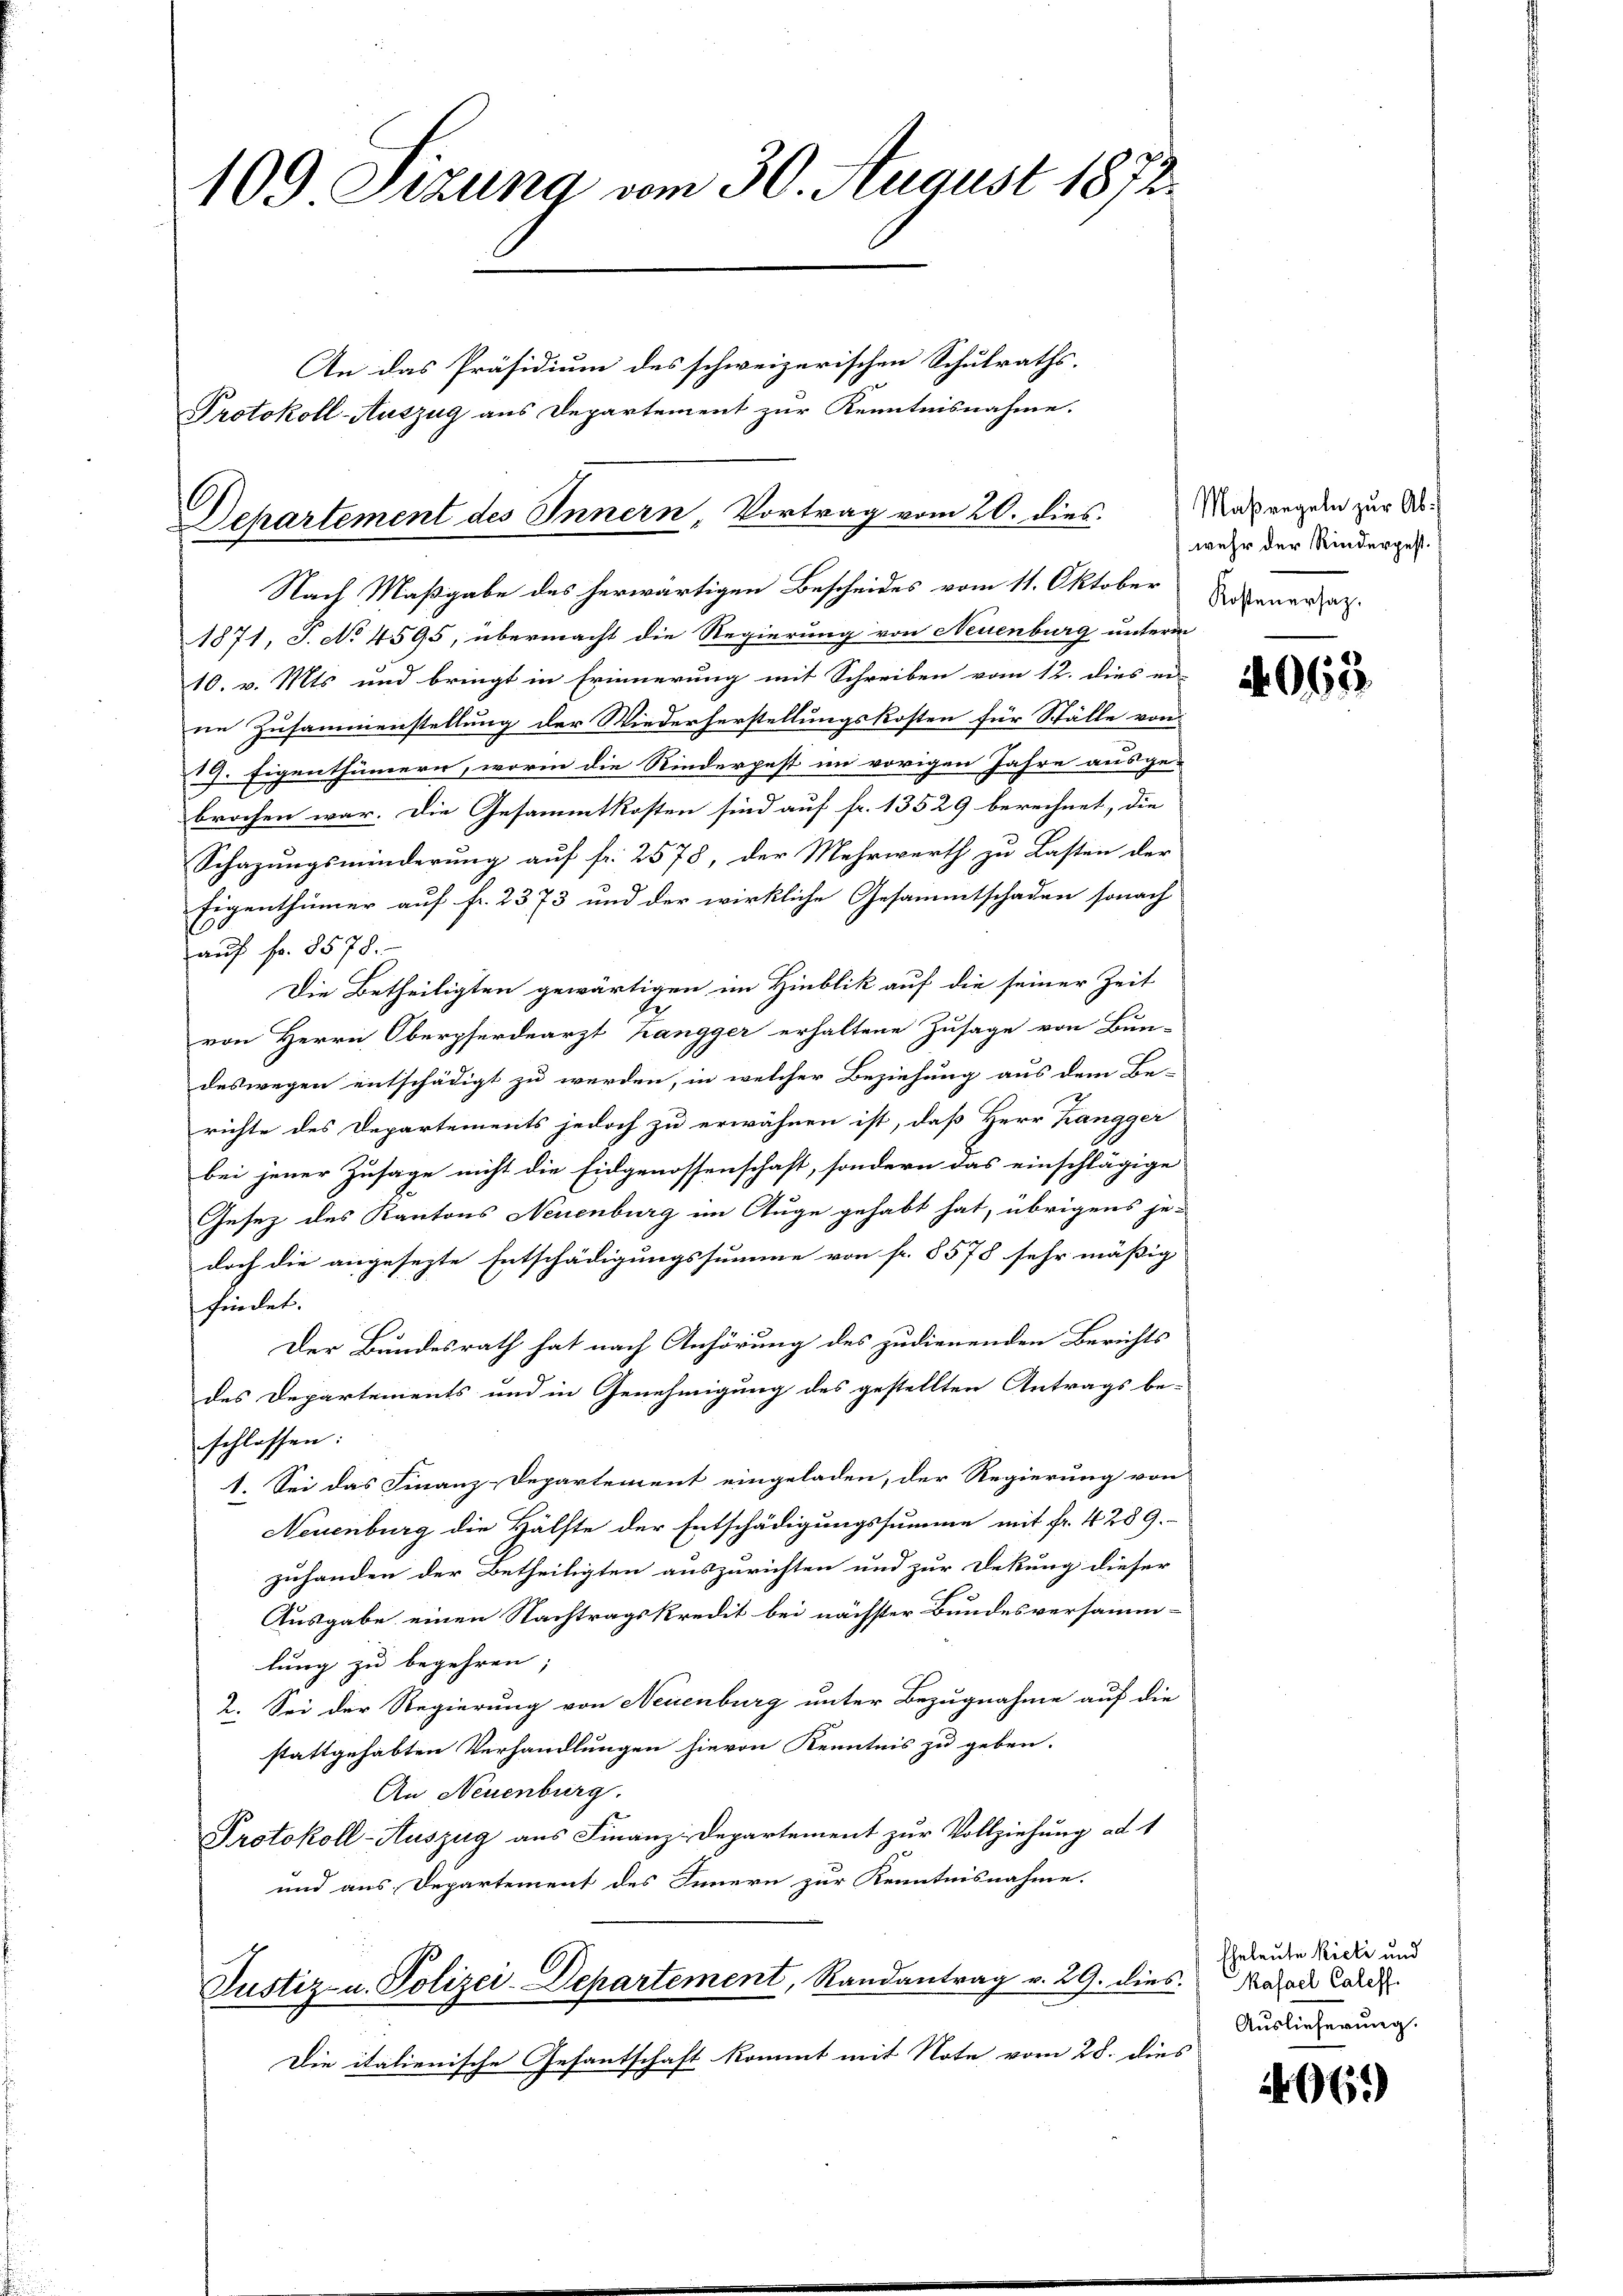
109 Sizung vom 30. August 1872.

Protokoll-Auszug aus Departement zur Kenntnisnahme.
Departement des Innern, Vortrag vom 20. dies

An das Präsidium des schweizerischen Schulraths-
Nach Maßgabe des herwärtigen Bescheides vom 11. Oktober
1871, J. No 4595, übermacht die Regierung von Neuenburg unterm
10. v. Mts und bringt in Erinnerung mit Schreiben vom 12. dies er-
ne Zusammenstellung der Wiederherstellungskosten für Ställe von
7. Eigenthümern, worin die Rinderpest im vorigen Jahre ausge-
brochen war. Die Gesammtkosten sind auf fr. 13529 berechnet, die
Schazungsminderung auf fr. 2578, der Mehrwerth zu Lasten der
Eigenthümer auf fr. 2373 und der wirkliche Gesammtschaden sonach
10
auf Fr. 8578.
Die Betheiligten gewärtigen im Hinblik auf die seiner Zeit
von Herrn Oberpferdearzt hangger erhaltene Zusage von Bun-
deswegen entschädigt zu werden, in welcher Beziehung aus dem Be-
richte des Departements jedoch zu erwähnen ist, daß Herr Zangger
bei jener Zusage nicht die Eidgenossenschaft, sondern das einschlägige
Gesez des Kantons Neuenburg im Auge gehabt hat, übrigens je-
doch die angesezte Entschädigungssumme von fr. 5578 sehr mäßig
findet.
Der Bundesrath hat nach Anhörung des zudienenden Berichts
des Departements und in Genehmigung des gestellten Antrags be-
schlossen:
1. Sei das Finanz-Departement eingeladen, der Regierung von
Neuenburg die Hälfte der Entschädigungssumme mit fr. 4289.
zuhanden der Betheiligten auszurichten und zur Dekung dieser
Ausgabe einen Nachtragskredit bei nächster Bundesversamm-
lung zu begehren;
Sei der Regierung von Neuenburg unter Bezugnahme auf die
2.
stattgehabten Verhandlungen hievon Kenntnis zu geben.
An Neuenburg.
Protokoll-Auszug aus Finanz-Departement zur Vollziehung ad 1
und aus Departement des Innern zur Kenntnisnahme.
Justiz- u. Polizei-Departement, Randantrag v. 29. dies. Parade Later
Die italienische Gesantschaft kommt mit Note vom 28. dies

Maßregeln zur Abwehr der Rinderpest.
Kostenersatz.

4065

Eheleute Riete und
Auslieferung.

406.